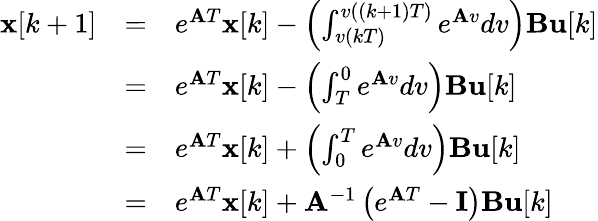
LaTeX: {\begin{array}{lll}{\mathbf{x}[k+1]}&{=}&{e^{\mathbf{A}T}\mathbf{x}[k]-\left(\int_{v(kT)}^{v((k+1)T)}e^{\mathbf{A}v}dv\right)\mathbf{B}\mathbf{u}[k]}\\ &{=}&{e^{\mathbf{A}T}\mathbf{x}[k]-\left(\int_{T}^{0}e^{\mathbf{A}v}dv\right)\mathbf{B}\mathbf{u}[k]}\\ &{=}&{e^{\mathbf{A}T}\mathbf{x}[k]+\left(\int_{0}^{T}e^{\mathbf{A}v}dv\right)\mathbf{B}\mathbf{u}[k]}\\ &{=}&{e^{\mathbf{A}T}\mathbf{x}[k]+\mathbf{A}^{-1}\left(e^{\mathbf{A}T}-\mathbf{I}\right)\mathbf{B}\mathbf{u}[k]}\end{array}}